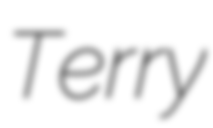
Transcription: Terry